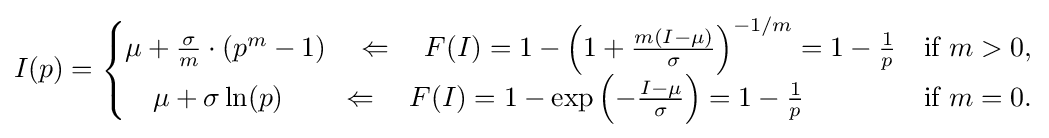
I(p)={\begin{cases}\mu +{\frac {\sigma }{m}}\cdot (p^{m}-1)\quad \Leftarrow \quad F(I)=1-\left(1+{\frac {m(I-\mu )}{\sigma }}\right)^{-1/m}=1-{\frac {1}{p}}&{\text{if }}m>0,\\\quad \mu +\sigma \ln(p)\quad \quad \Leftarrow \quad F(I)=1-\exp \left(-{\frac {I-\mu }{\sigma }}\right)=1-{\frac {1}{p}}&{\text{if }}m=0.\end{cases}}